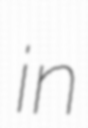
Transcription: in